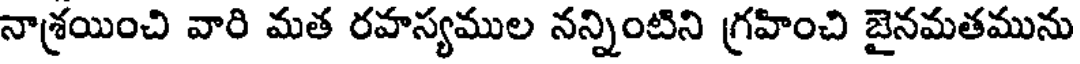
నాశ్రయించి వారి మత రహస్యముల నన్నింటిని గ్రహించి జైనమతమును